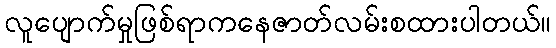
လူပျောက်မှုဖြစ်ရာကနေဇာတ်လမ်းစထားပါတယ်။